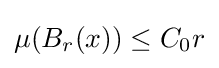
\mu (B_{r}(x))\leq C_{0}r